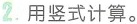
2. 用竖式计算。